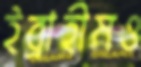
ইব্রাহীমও